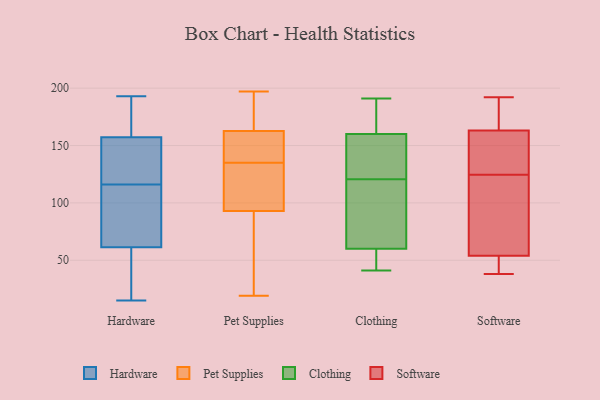
{"axis": {"x": "Satisfaction Score", "y": "Value"}, "legend": ["Clothing", "Hardware", "Pet Supplies", "Software"], "data": [{"x": "", "y": 186, "type": "Hardware"}, {"x": "", "y": 48, "type": "Hardware"}, {"x": "", "y": 68, "type": "Hardware"}, {"x": "", "y": 171, "type": "Hardware"}, {"x": "", "y": 66, "type": "Hardware"}, {"x": "", "y": 116, "type": "Hardware"}, {"x": "", "y": 60, "type": "Hardware"}, {"x": "", "y": 152, "type": "Hardware"}, {"x": "", "y": 171, "type": "Hardware"}, {"x": "", "y": 15, "type": "Hardware"}, {"x": "", "y": 33, "type": "Hardware"}, {"x": "", "y": 35, "type": "Hardware"}, {"x": "", "y": 145, "type": "Hardware"}, {"x": "", "y": 193, "type": "Hardware"}, {"x": "", "y": 65, "type": "Hardware"}, {"x": "", "y": 148, "type": "Hardware"}, {"x": "", "y": 147, "type": "Hardware"}, {"x": "", "y": 159, "type": "Hardware"}, {"x": "", "y": 94, "type": "Hardware"}, {"x": "", "y": 99, "type": "Pet Supplies"}, {"x": "", "y": 147, "type": "Pet Supplies"}, {"x": "", "y": 55, "type": "Pet Supplies"}, {"x": "", "y": 19, "type": "Pet Supplies"}, {"x": "", "y": 138, "type": "Pet Supplies"}, {"x": "", "y": 112, "type": "Pet Supplies"}, {"x": "", "y": 70, "type": "Pet Supplies"}, {"x": "", "y": 100, "type": "Pet Supplies"}, {"x": "", "y": 36, "type": "Pet Supplies"}, {"x": "", "y": 135, "type": "Pet Supplies"}, {"x": "", "y": 119, "type": "Pet Supplies"}, {"x": "", "y": 174, "type": "Pet Supplies"}, {"x": "", "y": 91, "type": "Pet Supplies"}, {"x": "", "y": 197, "type": "Pet Supplies"}, {"x": "", "y": 189, "type": "Pet Supplies"}, {"x": "", "y": 136, "type": "Pet Supplies"}, {"x": "", "y": 173, "type": "Pet Supplies"}, {"x": "", "y": 138, "type": "Pet Supplies"}, {"x": "", "y": 168, "type": "Pet Supplies"}, {"x": "", "y": 135, "type": "Clothing"}, {"x": "", "y": 160, "type": "Clothing"}, {"x": "", "y": 41, "type": "Clothing"}, {"x": "", "y": 166, "type": "Clothing"}, {"x": "", "y": 168, "type": "Clothing"}, {"x": "", "y": 58, "type": "Clothing"}, {"x": "", "y": 46, "type": "Clothing"}, {"x": "", "y": 137, "type": "Clothing"}, {"x": "", "y": 99, "type": "Clothing"}, {"x": "", "y": 176, "type": "Clothing"}, {"x": "", "y": 73, "type": "Clothing"}, {"x": "", "y": 106, "type": "Clothing"}, {"x": "", "y": 139, "type": "Clothing"}, {"x": "", "y": 191, "type": "Clothing"}, {"x": "", "y": 105, "type": "Clothing"}, {"x": "", "y": 57, "type": "Clothing"}, {"x": "", "y": 60, "type": "Clothing"}, {"x": "", "y": 160, "type": "Clothing"}, {"x": "", "y": 124, "type": "Software"}, {"x": "", "y": 170, "type": "Software"}, {"x": "", "y": 38, "type": "Software"}, {"x": "", "y": 125, "type": "Software"}, {"x": "", "y": 118, "type": "Software"}, {"x": "", "y": 163, "type": "Software"}, {"x": "", "y": 147, "type": "Software"}, {"x": "", "y": 54, "type": "Software"}, {"x": "", "y": 48, "type": "Software"}, {"x": "", "y": 192, "type": "Software"}]}